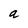
Character: a